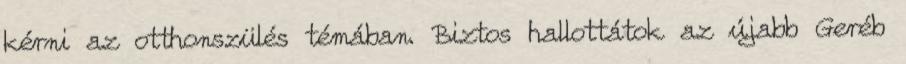
kérni az otthonszülés témában. Biztos hallottátok az újabb Geréb